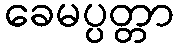
ခေမပ္ပတ္တာ